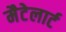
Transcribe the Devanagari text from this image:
मैटेलार्ट